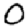
Digit: 0